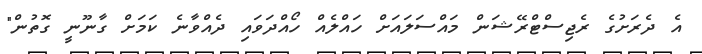
އެ ދެރަށުގެ ރެޖިސްޓްރޭޝަން މައްސަލައަށް ހައްލެއް ހޯއްދަވައި ދެއްވާނެ ކަމަށް ގާނޫނީ ގޮތުން"